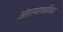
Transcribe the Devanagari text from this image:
अंतरमाध्यमिक